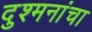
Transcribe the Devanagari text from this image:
दुश्मनांचा